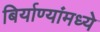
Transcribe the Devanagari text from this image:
बिर्याण्यांमध्ये